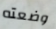
وضعته